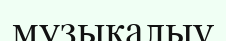
музыкалыұ